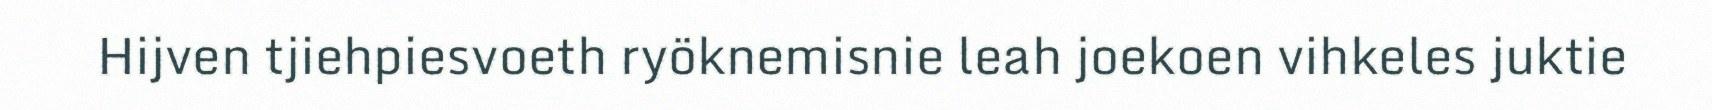
Hijven tjiehpiesvoeth ryöknemisnie leah joekoen vihkeles juktie